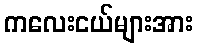
ကလေးငယ်များအား